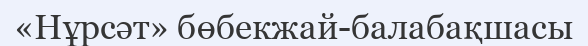
«Нұрсәт» бөбекжай-балабақшасы